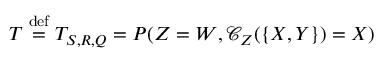
T \stackrel { \mathrm { d e f } } { = } T _ { S , \boldsymbol { R } , \boldsymbol { Q } } = P ( Z = W , \mathcal { C } _ { Z } ( \{ X , Y \} ) = X )